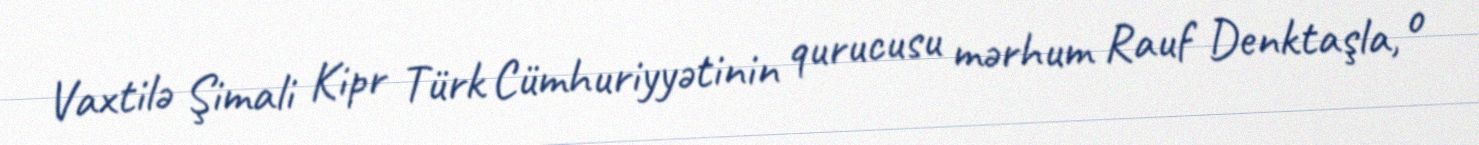
Vaxtilə Şimali Kipr Türk Cümhuriyyətinin qurucusu mərhum Rauf Denktaşla, o